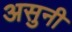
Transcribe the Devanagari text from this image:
असुनी